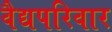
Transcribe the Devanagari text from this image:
वैद्यपरिवार